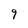
Character: q